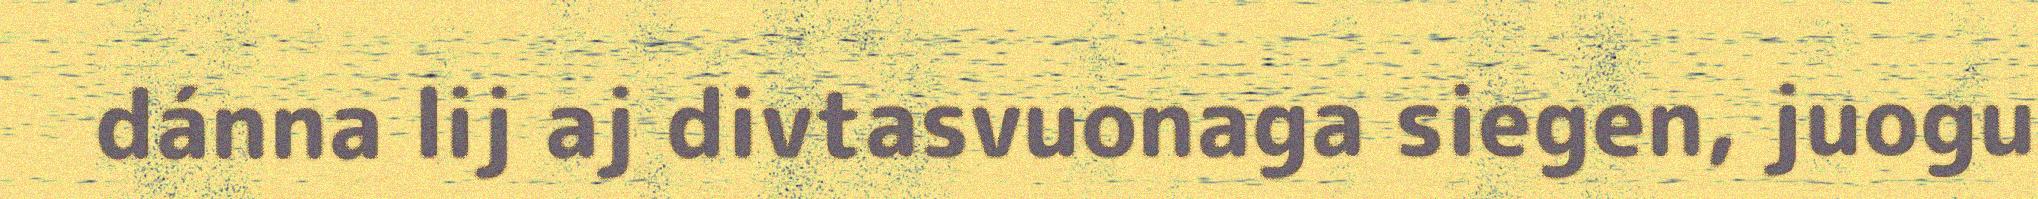
dánna lij aj divtasvuonaga siegen, juogu